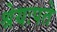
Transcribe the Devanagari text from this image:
श्रेयःपते